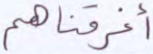
أغرقناهم